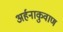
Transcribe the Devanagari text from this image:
अर्हनाकुवाण